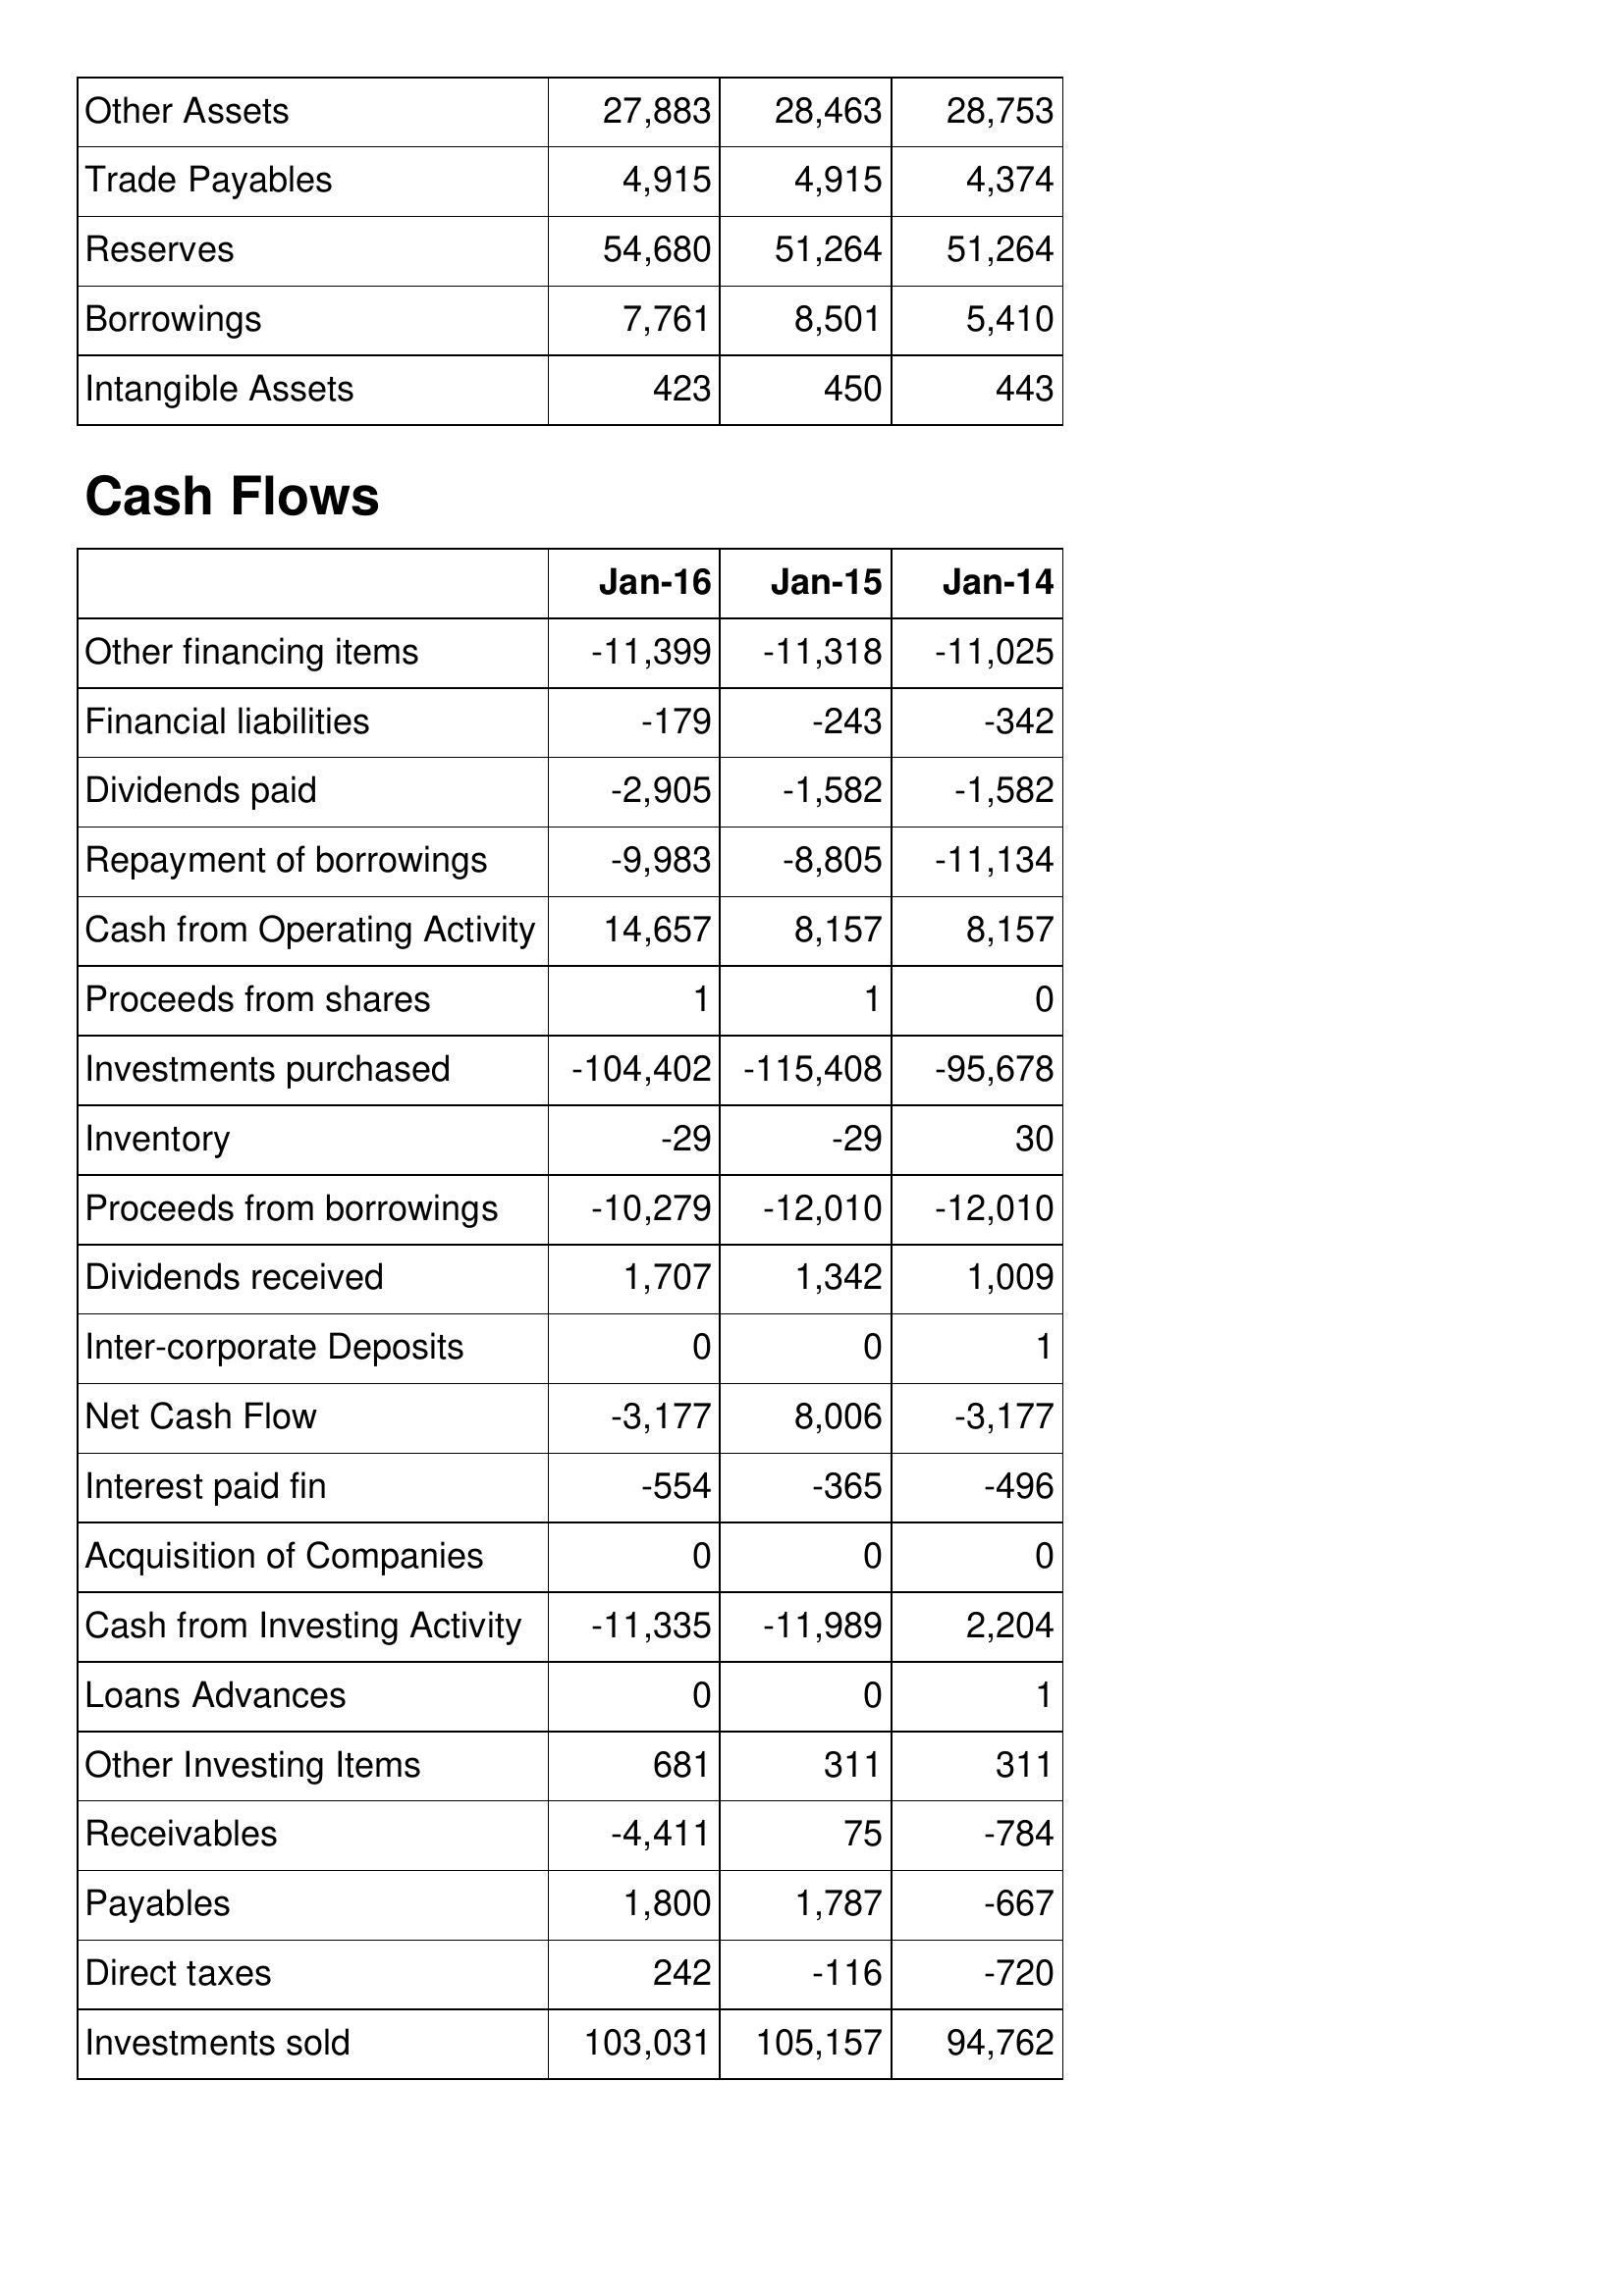
Jan-16: Balance Sheet: Other Assets: 27,883
Trade Payables: 4,915
Reserves: 54,680
Borrowings: 7,761
Intangible Assets: 423
Cash Flows: Other financing items: -11,399
Financial liabilities: -179
Dividends paid: -2,905
Repayment of borrowings: -9,983
Cash from Operating Activity: 14,657
Proceeds from shares: 1
Investments purchased: -104,402
Inventory: -29
Proceeds from borrowings: -10,279
Dividends received: 1,707
Inter-corporate Deposits: 0
Net Cash Flow: -3,177
Interest paid fin: -554
Acquisition of Companies: 0
Cash from Investing Activity: -11,335
Loans Advances: 0
Other Investing Items: 681
Receivables: -4,411
Payables: 1,800
Direct taxes: 242
Investments sold: 103,031
Jan-15: Balance Sheet: Other Assets: 28,463
Trade Payables: 4,915
Reserves: 51,264
Borrowings: 8,501
Intangible Assets: 450
Cash Flows: Other financing items: -11,318
Financial liabilities: -243
Dividends paid: -1,582
Repayment of borrowings: -8,805
Cash from Operating Activity: 8,157
Proceeds from shares: 1
Investments purchased: -115,408
Inventory: -29
Proceeds from borrowings: -12,010
Dividends received: 1,342
Inter-corporate Deposits: 0
Net Cash Flow: 8,006
Interest paid fin: -365
Acquisition of Companies: 0
Cash from Investing Activity: -11,989
Loans Advances: 0
Other Investing Items: 311
Receivables: 75
Payables: 1,787
Direct taxes: -116
Investments sold: 105,157
Jan-14: Balance Sheet: Other Assets: 28,753
Trade Payables: 4,374
Reserves: 51,264
Borrowings: 5,410
Intangible Assets: 443
Cash Flows: Other financing items: -11,025
Financial liabilities: -342
Dividends paid: -1,582
Repayment of borrowings: -11,134
Cash from Operating Activity: 8,157
Proceeds from shares: 0
Investments purchased: -95,678
Inventory: 30
Proceeds from borrowings: -12,010
Dividends received: 1,009
Inter-corporate Deposits: 1
Net Cash Flow: -3,177
Interest paid fin: -496
Acquisition of Companies: 0
Cash from Investing Activity: 2,204
Loans Advances: 1
Other Investing Items: 311
Receivables: -784
Payables: -667
Direct taxes: -720
Investments sold: 94,762